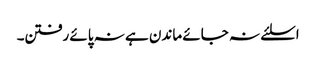
اسلئے نہ جائے ماندن ہے نہ پائے رفتن۔